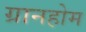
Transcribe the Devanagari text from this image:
ग्रानहोम